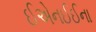
ઈએનઈઈના